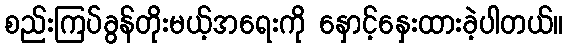
စည်းကြပ်ခွန်တိုးမယ့်အရေးကို နှောင့်နှေးထားခဲ့ပါတယ်။